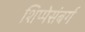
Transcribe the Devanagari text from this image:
शिप्पेसंबर्ग